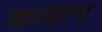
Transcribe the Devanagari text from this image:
कमरन